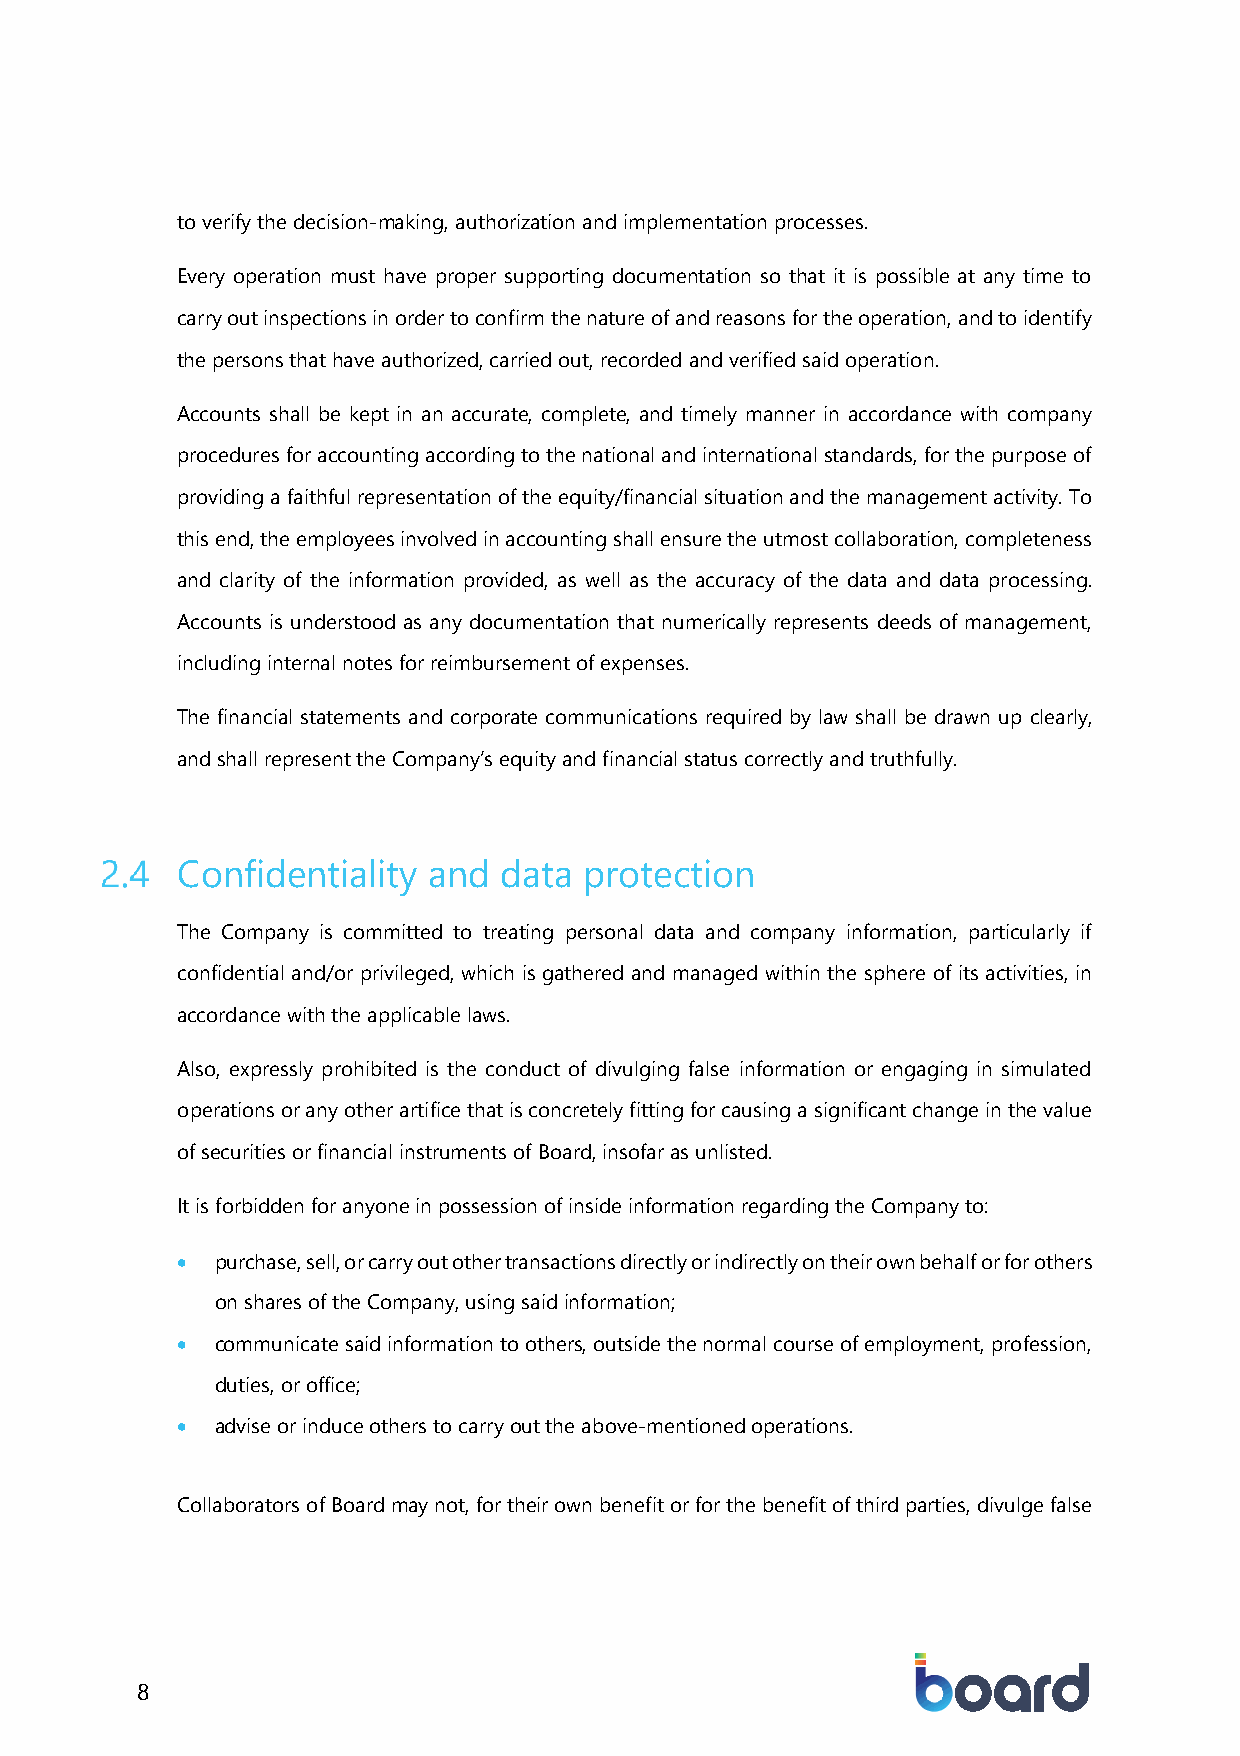
to verify the decision-making, authorization and implementation processes.
 Every operation must have proper supporting documentation so that it is possible at any time to
 carry out inspections in order to confirm the nature of and reasons for the operation, and to identify
 the persons that have authorized, carried out, recorded and verified said operation.
 Accounts shall be kept in an accurate, complete, and timely manner in accordance with company
 procedures for accounting according to the national and international standards, for the purpose of
 providing a faithful representation of the equity/financial situation and the management activity. To
 this end, the employees involved in accounting shall ensure the utmost collaboration, completeness
 and clarity of the information provided, as well as the accuracy of the data and data processing.
 Accounts is understood as any documentation that numerically represents deeds of management,
 including internal notes for reimbursement of expenses.
 The financial statements and corporate communications required by law shall be drawn up clearly,
 and shall represent the Company’s equity and financial status correctly and truthfully.
 Confidentiality and  data  protection
 The Company is committed to treating personal data and company information, particularly if
 confidential and/or privileged, which is gathered and managed within the sphere of its activities, in
 accordance with the applicable laws.
 Also, expressly prohibited is the conduct of divulging false information or engaging in simulated
 operations or any other artifice that is concretely fitting for causing a significant change in the value
 of securities or financial instruments of Board, insofar as unlisted.
 It is forbidden for anyone in possession of inside information regarding the Company to:
 • purchase, sell, or carry out other transactions directly or indirectly on their own behalf or for others
 on shares of the Company, using said information;
 • communicate said information to others, outside the normal course of employment, profession,
 duties, or office;
 • advise or induce others to carry out the above-mentioned operations.
 Collaborators of Board may not, for their own benefit or for the benefit of third parties, divulge false
 8